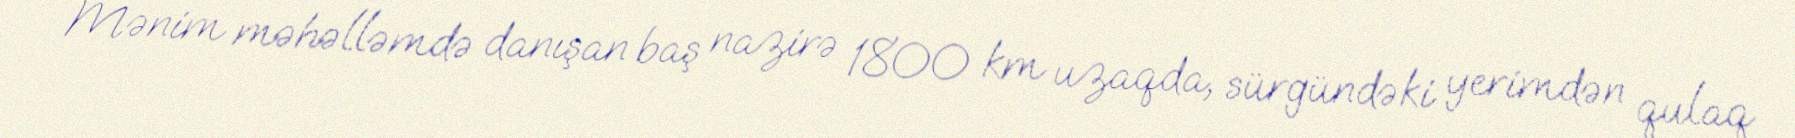
Mənim məhəlləmdə danışan baş nazirə 1800 km uzaqda, sürgündəki yerimdən qulaq